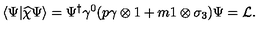
\langle \Psi \vert \widehat { \chi } \Psi \rangle = \Psi ^ { \dagger } \gamma ^ { 0 } ( p \gamma \otimes 1 + m 1 \otimes \sigma _ { 3 } ) \Psi = { \cal L } .